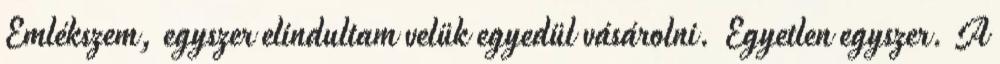
Emlékszem, egyszer elindultam velük egyedül vásárolni. Egyetlen egyszer. A